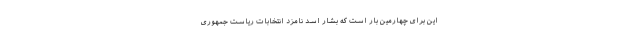
این برای چهارمین بار است که بشار اسد نامزد انتخابات ریاست جمهوری